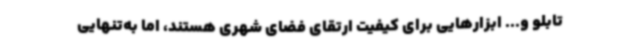
تابلو و... ابزارهایی برای کیفیت ارتقای فضای شهری هستند، اما به‌تنهایی